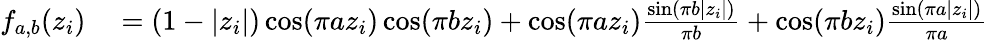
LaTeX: \begin{array}{rl}{f_{a,b}(z_{i})}&{{}=(1-|z_{i}|)\cos(\pi az_{i})\cos(\pi bz_{i})+\cos(\pi az_{i})\frac{\sin(\pi b|z_{i}|)}{\pi b}+\cos(\pi bz_{i})\frac{\sin(\pi a|z_{i}|)}{\pi a}}\end{array}